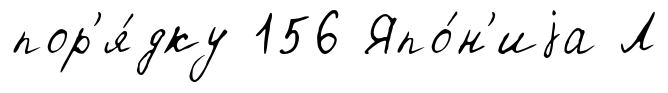
пор'я́дку 156 Япо́н'иjа Л